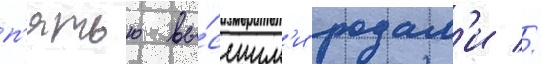
п'ятью вы́сшим'и родам'и //